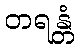
တရန္တံ